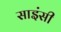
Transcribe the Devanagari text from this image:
साइंसी